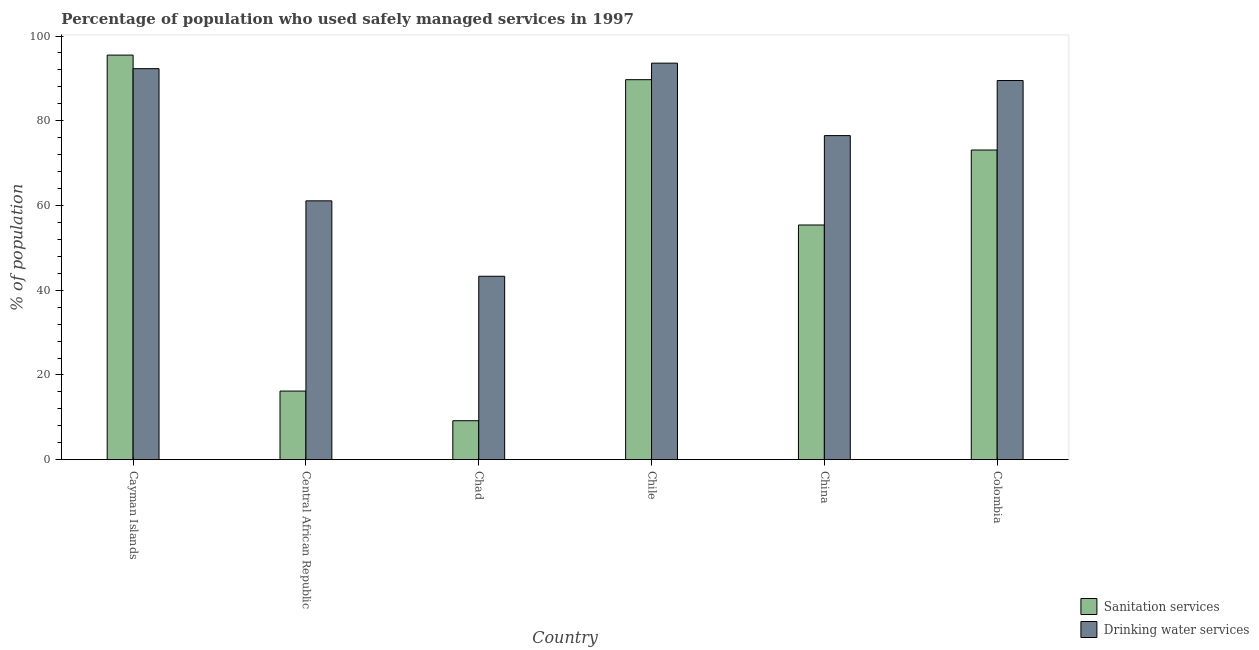
| Country | Sanitation services | Drinking water services |
 | --- | --- | --- |
 | Cayman Islands | 95.5 | 92.3 |
 | Central African Republic | 16.2 | 61.1 |
 | Chad | 9.2 | 43.3 |
 | Chile | 89.7 | 93.6 |
 | China | 55.4 | 76.5 |
 | Colombia | 73.1 | 89.5 |